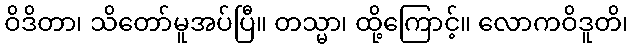
ဝိဒိတာ၊ သိတော်မူအပ်ပြီ။ တသ္မာ၊ ထို့ကြောင့်။ လောကဝိဒူတိ၊